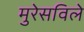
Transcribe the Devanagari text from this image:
मुरेसविले